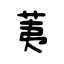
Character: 荑